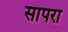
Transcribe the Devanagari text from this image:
सापरा